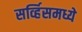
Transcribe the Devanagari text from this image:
सर्व्हिसमध्ये